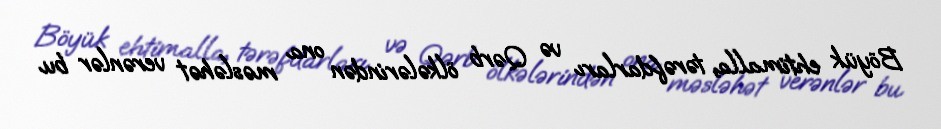
Böyük ehtimalla, tərəfdarları və Qərb ölkələrindən ona məsləhət verənlər bu